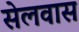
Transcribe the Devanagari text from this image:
सेलवास